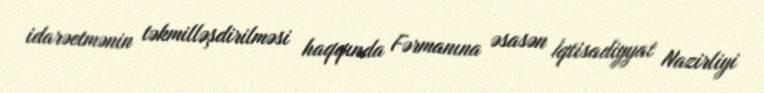
idarəetmənin təkmilləşdirilməsi haqqında Fərmanına əsasən İqtisadiyyat Nazirliyi